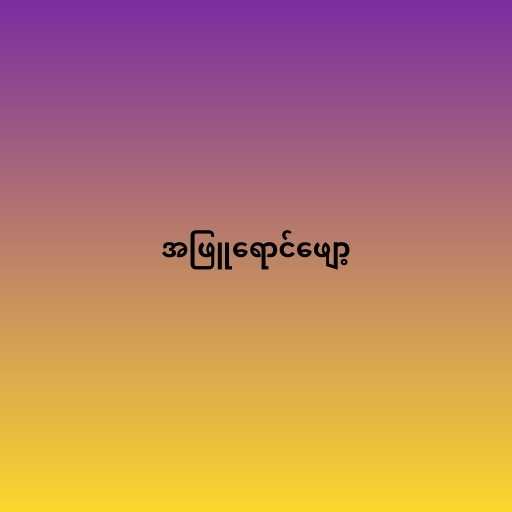
အဖြူရောင်ဖျော့